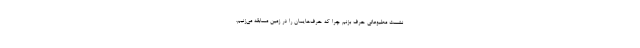
نشست مطبوعاتی حرف بزنم چرا که حرف‌هایمان را در زمین مسابقه می‌زنیم.